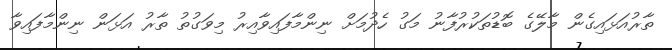
ތާރުއަޅައިގެން މާލޭގެ ބޮޑުތަކުރުފާނު މަގު ހެދުމަށް ނިންމާފައިވާއިރު މިވަގުތު ތާރު އަޅަން ނިންމާފައިވާ